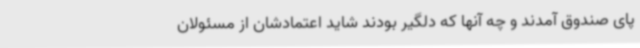
پای صندوق آمدند و چه آنها که دلگیر بودند شاید اعتمادشان از مسئولان